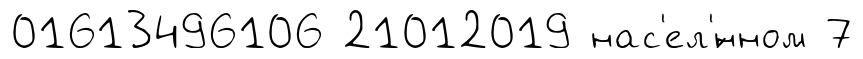
01613496106 21012019 нас'ел'́нном 7